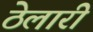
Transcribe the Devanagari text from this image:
ठेलारी